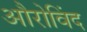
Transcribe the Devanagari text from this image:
औरोविंद